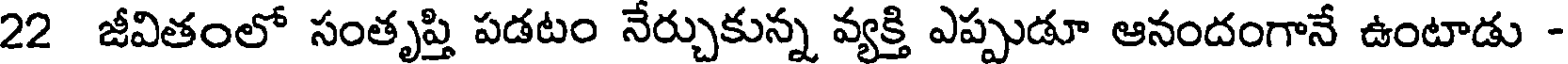
22 జీవితంలో సంతృప్తి పడటం నేర్చుకున్న వ్యక్తి ఎప్పుడూ ఆనందంగానే ఉంటాడు -